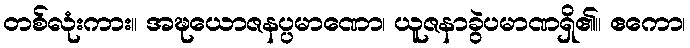
တစ်လုံးကား။ အဍ္ဎယောဇနပ္ပမာဏော၊ ယူဇနာခွဲပမာဏရှိ၏။ ဧကော၊